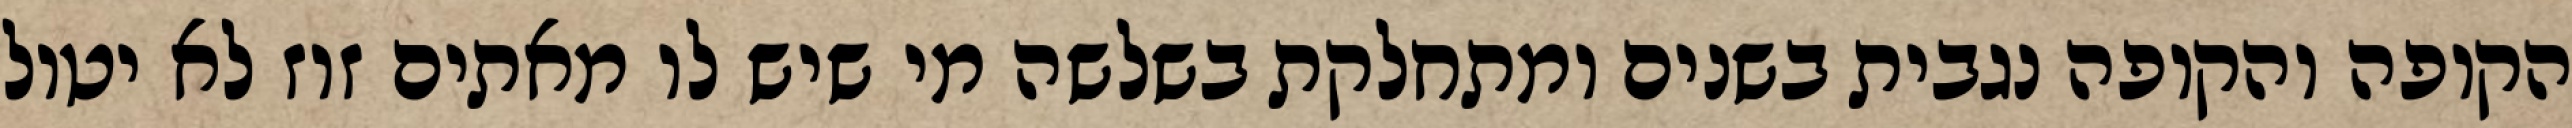
הקופה והקופה נגבית בשנים ומתחלקת בשלשה מי שיש לו מאתים זוז לא יטול